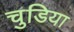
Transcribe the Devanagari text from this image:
चुडिया